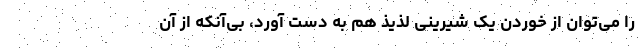
را می‌توان از خوردن یک شیرینی لذیذ هم به دست آورد، بی‌آنکه از آن